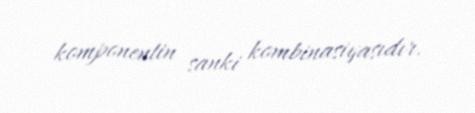
komponentin sanki kombinasiyasıdır.